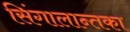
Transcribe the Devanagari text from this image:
सिंगालान्तका